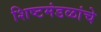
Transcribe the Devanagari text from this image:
शिष्टमंडळांचे